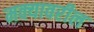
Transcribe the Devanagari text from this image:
मक्यावरील